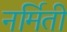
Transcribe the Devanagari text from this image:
नर्मिती